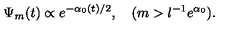
\Psi _ { m } ( t ) \propto e ^ { - \alpha _ { 0 } ( t ) / 2 } , \quad ( m > l ^ { - 1 } e ^ { \alpha _ { 0 } } ) .